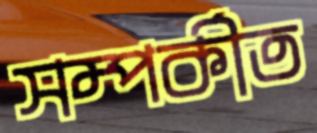
সম্পর্কীত